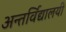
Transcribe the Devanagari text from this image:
अन्तर्विद्यालयी